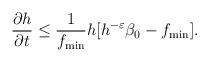
LaTeX: \begin{align*}\frac{\partial h}{\partial t}\leq \frac{1}{f_{\min}}h[h^{-\varepsilon}\beta_{0}-f_{\min}].\end{align*}